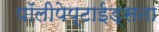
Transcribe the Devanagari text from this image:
पॉलीपेप्टाईड्सना